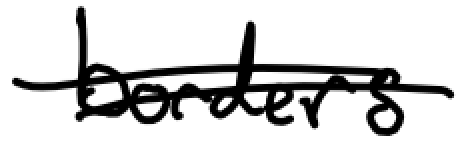
Text: borders.
Cross-out: double-line
Writing tool: digital_black